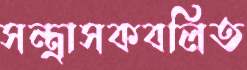
সন্ত্রাসকবলিত